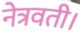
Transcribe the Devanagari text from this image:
नेत्रवती।